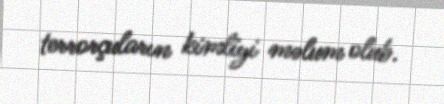
terrorçuların kimliyi məlum olub.